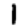
Digit: 1